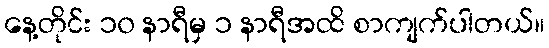
နေ့တိုင်း ၁၀ နာရီမှ ၁ နာရီအထိ စာကျက်ပါတယ်။